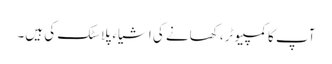
آپ کا کمپیوٹر، کھانے کی اشیاء پلاسٹک کی ہیں۔